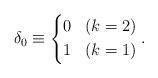
LaTeX: \begin{align*}\delta_0 & \equiv \left\{\begin{aligned}& 0 && (k = 2)\\& 1 && (k = 1)\end{aligned}\right..\end{align*}